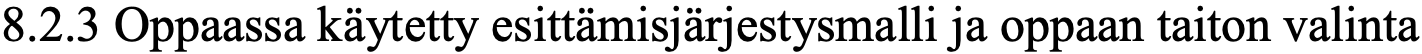
8.2.3 Oppaassa käytetty esittämisjärjestysmalli ja oppaan taiton valinta